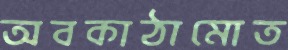
অবকাঠামোত